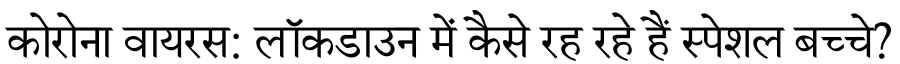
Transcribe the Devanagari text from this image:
कोरोना वायरस: लॉकडाउन में कैसे रह रहे हैं स्पेशल बच्चे?